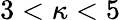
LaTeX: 3<\kappa<5